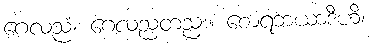
ဂေလညံ၊ ဂေလညတညး။ စောရဘယာဒီဟိ၊